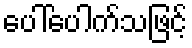
ပေါ်ပေါက်သဖြင့်